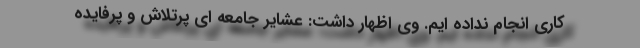
کاری انجام نداده ایم. وی اظهار داشت: عشایر جامعه ای پرتلاش و پرفایده